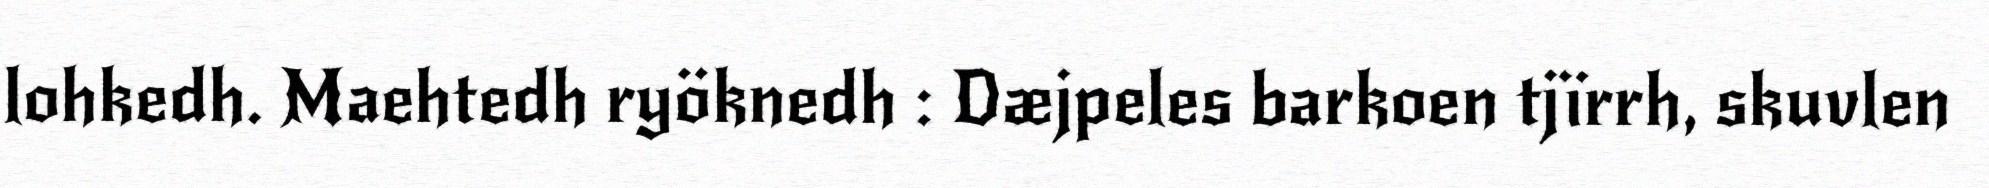
lohkedh. Maehtedh ryöknedh : Dæjpeles barkoen tjïrrh, skuvlen